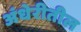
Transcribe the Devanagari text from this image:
अंधेरीतील